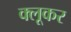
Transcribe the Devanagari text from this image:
क्लूकर